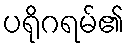
ပရိုဂရမ်၏